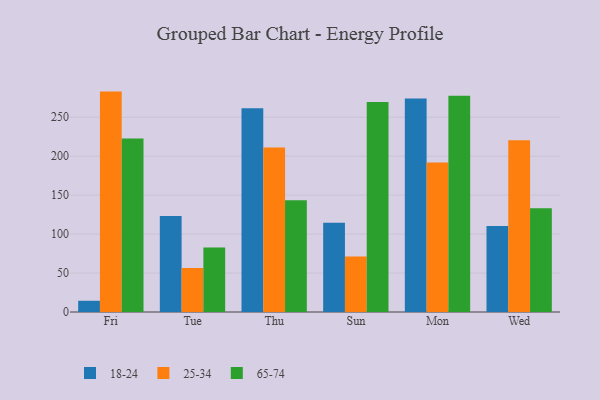
{"axis": {"x": "Day", "y": "Market Share (%)"}, "legend": ["18-24", "25-34", "65-74"], "data": [{"x": "Fri", "y": 14.4, "type": "18-24"}, {"x": "Fri", "y": 282.9, "type": "25-34"}, {"x": "Fri", "y": 222.7, "type": "65-74"}, {"x": "Tue", "y": 123.2, "type": "18-24"}, {"x": "Tue", "y": 56.4, "type": "25-34"}, {"x": "Tue", "y": 82.8, "type": "65-74"}, {"x": "Thu", "y": 261.6, "type": "18-24"}, {"x": "Thu", "y": 211.1, "type": "25-34"}, {"x": "Thu", "y": 143.5, "type": "65-74"}, {"x": "Sun", "y": 114.5, "type": "18-24"}, {"x": "Sun", "y": 71.3, "type": "25-34"}, {"x": "Sun", "y": 269.4, "type": "65-74"}, {"x": "Mon", "y": 274.1, "type": "18-24"}, {"x": "Mon", "y": 191.9, "type": "25-34"}, {"x": "Mon", "y": 277.7, "type": "65-74"}, {"x": "Wed", "y": 110.5, "type": "18-24"}, {"x": "Wed", "y": 220.5, "type": "25-34"}, {"x": "Wed", "y": 133.2, "type": "65-74"}]}